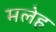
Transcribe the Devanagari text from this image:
मलेह